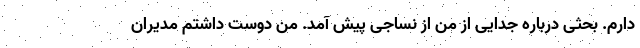
دارم. بحثی درباره جدایی از من از نساجی پیش آمد. من دوست داشتم مدیران